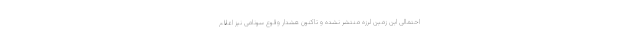
احتمالی این زمین لرزه منتشر نشده و تاکنون هشدار وقوع سونامی نیز اعلام